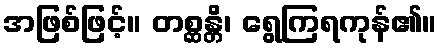
အဖြစ်ဖြင့်။ တစ္ဆန္တိ၊ ရွေကြရကုန်၏။